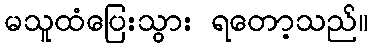
မသူထံပြေးသွား ရတော့သည်။